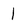
Character: 1